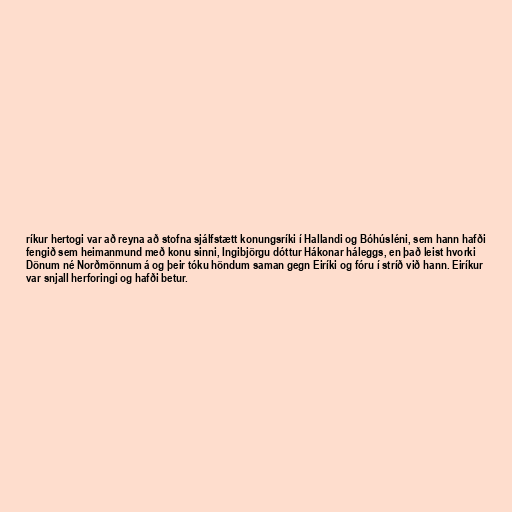
ríkur hertogi var að reyna að stofna sjálfstætt konungsríki í Hallandi og Bóhúsléni, sem hann hafði
fengið sem heimanmund með konu sinni, Ingibjörgu dóttur Hákonar háleggs, en það leist hvorki
Dönum né Norðmönnum á og þeir tóku höndum saman gegn Eiríki og fóru í stríð við hann. Eiríkur
var snjall herforingi og hafði betur.